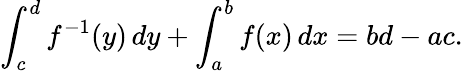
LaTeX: \int_{c}^{d}f^{-1}(y)\, dy+\int_{a}^{b}f(x)\, dx=bd-ac.